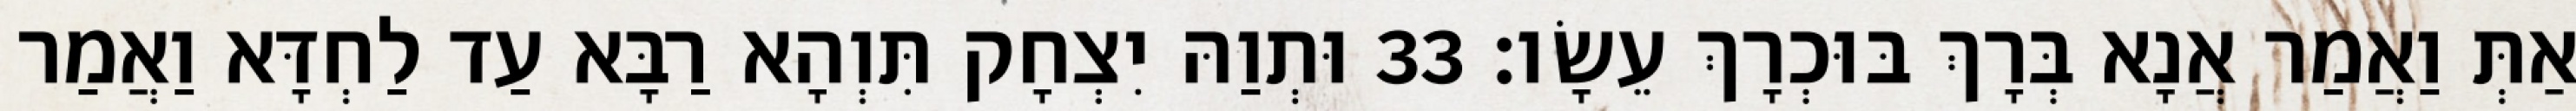
אַתְּ וַאֲמַר אֲנָא בְּרָךְ בּוּכְרָךְ עֵשָׂו׃ 33 וּתְוַהּ יִצְחָק תִּוְהָא רַבָּא עַד לַחְדָּא וַאֲמַר